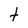
Character: t